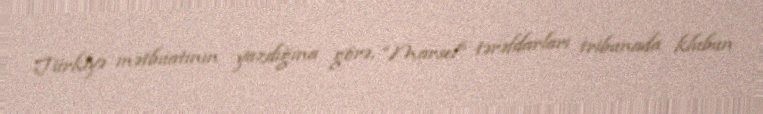
Türkiyə mətbuatının yazdığına görə, “Marsel” tərəfdarları tribunada klubun